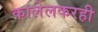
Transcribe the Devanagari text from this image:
कालेलकरही